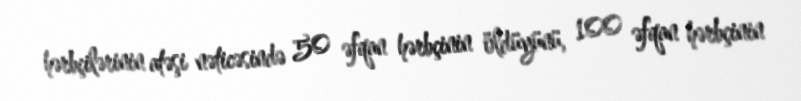
hərbçilərinin atəşi nəticəsində 50 əfqan hərbçinin öldüyünü, 100 əfqan hərbçinin